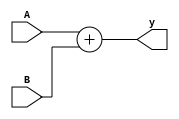
module ADDER(
    input [31:0]A,B,
    output  [31:0]y
);
assign y=A+B;
endmodule